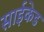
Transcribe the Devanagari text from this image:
साईकेड